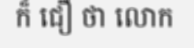
ក៏ ជឿ ថា លោក